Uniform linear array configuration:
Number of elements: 32
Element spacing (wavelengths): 0.25
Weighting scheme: hann
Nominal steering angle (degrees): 30
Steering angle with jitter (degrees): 31.271
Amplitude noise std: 0.05
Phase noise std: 0.05

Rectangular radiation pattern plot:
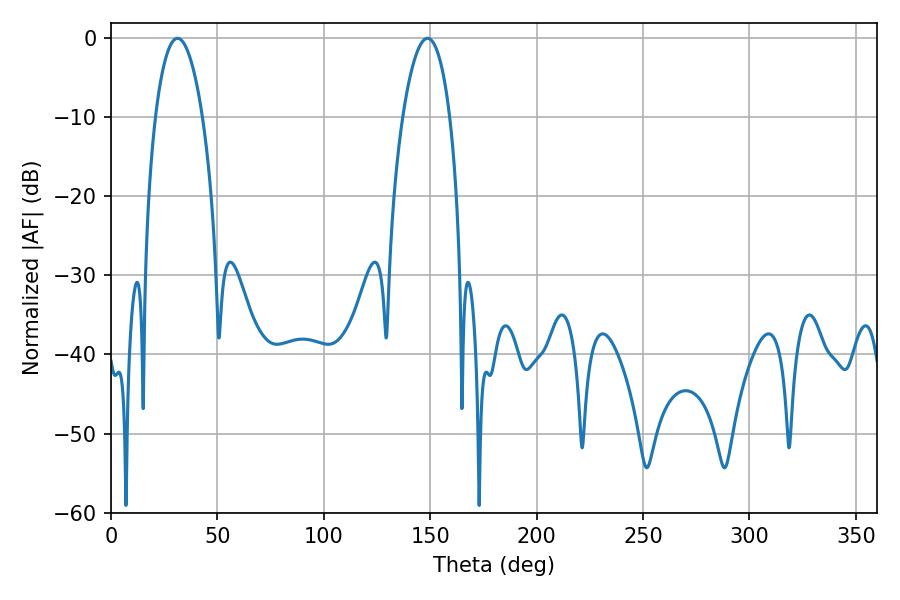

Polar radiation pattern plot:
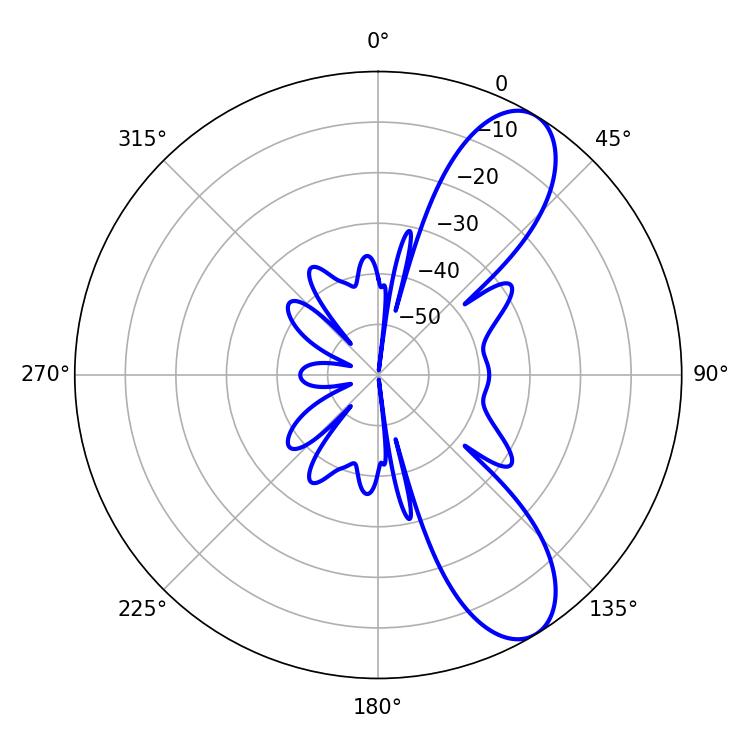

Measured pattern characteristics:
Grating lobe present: FALSE
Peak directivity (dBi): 9.212
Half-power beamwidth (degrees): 12.42
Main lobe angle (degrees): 31.32